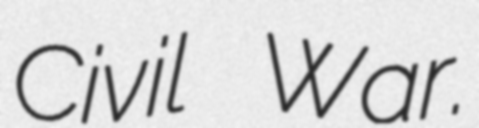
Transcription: Civil War.